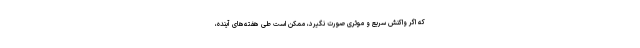
که اگر واکنش سریع و موثری صورت نگیرد، ممکن است طی هفته‌های آینده،